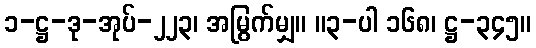
၁-ဋ္ဌ-ဒု-အုပ်-၂၂၃၊ အမြွက်မျှ။ ။၃-ပါ ၁၆၈၊ ဋ္ဌ-၃၄၅။